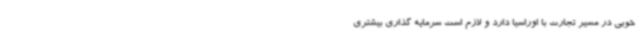
خوبی در مسیر تجارت با اوراسیا دارد و لازم است سرمایه گذاری بیشتری